Sanitation, dispensaries and jails vaccination Rajputana 1922-1927 - 1922-1927
Year: 1922
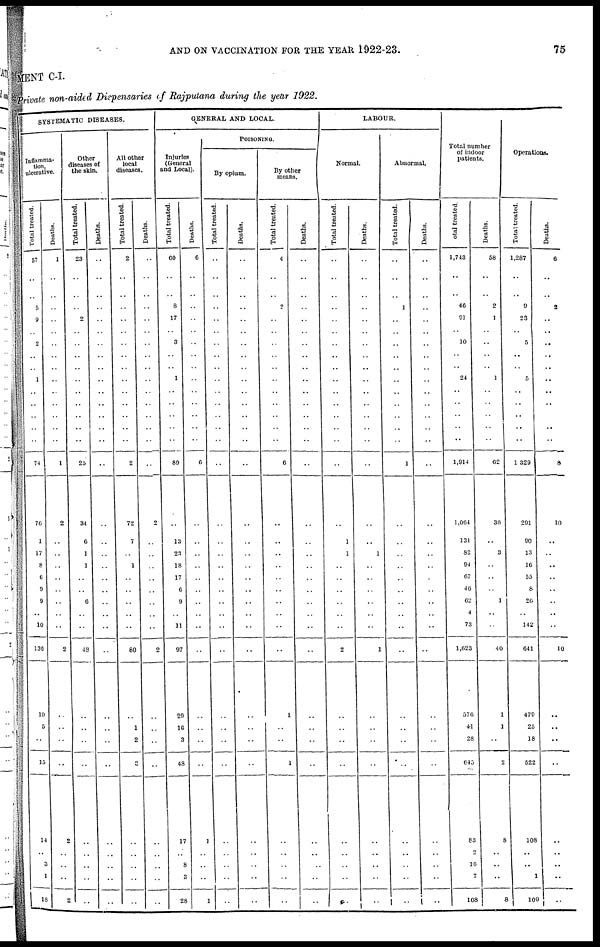
AND ON VACCINATION FOR THE YEAR 1922-23.
75
MENT C-I.
Private non-aided Dispensaries of Rajputana during the year 1922.
SYSTEMATIC DISEASES.
Inflamma-
tion,
ulcerative.
Total treated.
57
..
..
5
9
..
2
..
..
1
..
..
..
..
..
74
76
1
17
8
6
9
9
..
10
130
10
5
..
15
14
..
3
1
18
Deaths.
1
..
..
..
..
..
..
..
..
..
..
..
..
..
..
1
2
..
..
..
..
..
..
..
..
2
..
..
..
..
2
..
..
..
2
Other
diseases of
the skin.
Total treated.
23
..
..
..
2
..
..
..
..
..
..
..
..
..
..
25
34
6
1
1
..
..
6
..
..
48
..
..
..
..
..
..
..
..
..
Deaths.
..
..
..
..
..
..
..
..
..
..
..
..
..
..
..
..
..
..
..
..
..
..
..
..
..
..
..
..
..
..
..
..
..
..
..
All other
local
diseases.
Total treated.
2
..
..
..
..
..
..
..
..
..
..
..
..
..
..
2
72
7
..
1
..
..
..
..
..
80
..
1
2
3
..
..
..
..
..
Deaths.
..
..
..
..
..
..
..
..
..
..
..
..
..
..
..
..
2
..
..
..
..
..
..
..
..
2
..
..
..
..
..
..
..
..
..
GENERAL AND LOCAL.
Injuries
(General
and Local).
Total treated.
60
..
..
8
17
..
3
..
..
1
..
..
..
..
..
89
..
13
23
18
17
6
9
..
11
97
29
16
3
48
17
..
8
3
28
Deaths.
6
..
..
..
..
..
..
..
..
..
..
..
..
..
..
6
..
..
..
..
..
..
..
..
..
..
..
..
..
..
1
..
..
..
1
POISONING.
By opium.
Total treated.
..
..
..
..
..
..
..
..
..
..
..
..
..
..
..
..
..
..
..
..
..
..
..
..
..
..
..
..
..
..
..
..
..
..
..
Deaths.
..
..
..
..
..
..
..
..
..
..
..
..
..
..
..
..
..
..
..
..
..
..
..
..
..
..
..
..
..
..
..
..
..
..
..
By other
means.
Total treated.
4
..
..
2
..
..
..
..
..
..
..
..
..
..
..
6
..
..
..
..
..
..
..
..
..
..
1
..
..
1
..
..
..
..
..
Deaths.
..
..
..
..
..
..
..
..
..
..
..
..
..
..
..
..
..
..
..
..
..
..
..
..
..
..
..
..
..
..
..
..
..
..
..
LABOUR.
Normal.
Total treated.
..
..
..
..
..
..
..
..
..
..
..
..
..
..
..
..
..
1
1
..
..
..
..
..
..
2
..
..
..
..
..
..
..
..
..
Deaths.
..
..
..
..
..
..
..
..
..
..
..
..
..
..
..
..
..
..
1
..
..
..
..
..
..
1
..
..
..
..
..
..
..
..
..
Abnormal.
Total treated.
..
..
..
1
..
..
..
..
..
..
..
..
..
..
..
1
..
..
..
..
..
..
..
..
..
..
..
..
..
..
..
..
..
..
..
Deaths.
..
..
..
..
..
..
..
..
..
..
..
..
..
..
..
..
..
..
..
..
..
..
..
..
..
..
..
..
..
..
..
..
..
..
..
Total number
of indoor
patients.
Total
treated.
1,743
..
..
46
91
..
10
..
..
24
..
..
..
..
..
1,914
1,064
131
82
94
67
46
62
4
73
1,623
576
41
28
645
83
2
16
7
108
Deaths.
58
..
..
2
1
..
..
..
..
1
..
..
..
..
..
62
36
..
3
..
..
..
1
..
..
40
1
1
..
2
8
..
..
..
8
Operations.
Total treated.
1,287
..
..
9
23
..
5
..
..
5
..
..
..
..
..
1,329
291
90
13
16
55
8
26
..
142
641
479
25
18
522
108
..
..
1
109
Deaths.
6
..
..
2
..
..
..
..
..
..
..
..
..
..
..
8
10
..
..
..
..
..
..
..
..
10
..
..
..
..
..
..
..
..
..